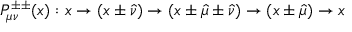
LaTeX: P _ { \mu \nu } ^ { \pm \pm } ( x ) : x \rightarrow ( x \pm \hat { \nu } ) \rightarrow ( x \pm \hat { \mu } \pm \hat { \nu } ) \rightarrow ( x \pm \hat { \mu } ) \rightarrow x